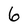
Character: 6